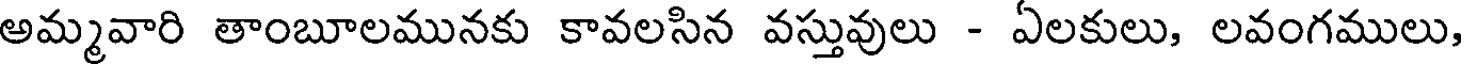
అమ్మవారి తాంబూలమునకు కావలసిన వస్తువులు - ఏలకులు, లవంగములు,